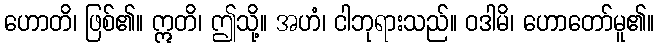
ဟောတိ၊ ဖြစ်၏။ ဣတိ၊ ဤသို့။ အဟံ၊ ငါဘုရားသည်။ ဝဒါမိ၊ ဟောတော်မူ၏။